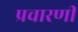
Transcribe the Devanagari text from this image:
प्रचारणी